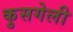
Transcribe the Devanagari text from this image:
कुसगेली